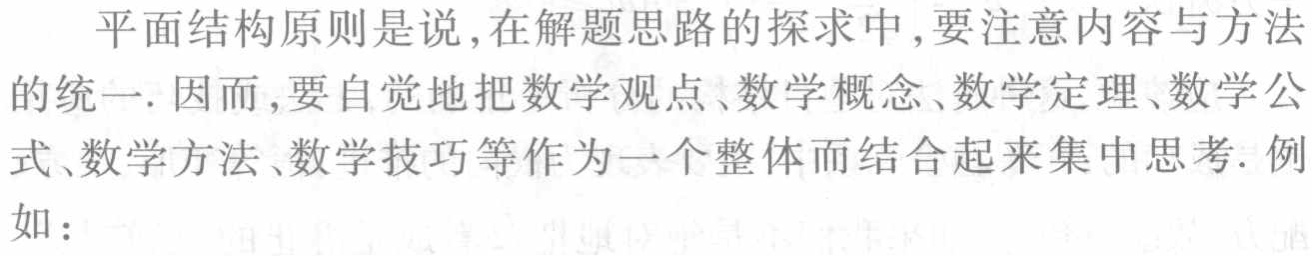
平面结构原则是说,在解题思路的探求中,要注意内容与方法的统一. 因而,要自觉地把数学观点、数学概念、数学定理、数学公式、数学方法、数学技巧等作为一个整体而结合起来集中思考. 例如：